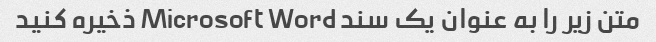
متن زیر را به عنوان یک سند Microsoft Word ذخیره کنید